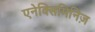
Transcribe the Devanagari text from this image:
एनेक्सिमिनिज़